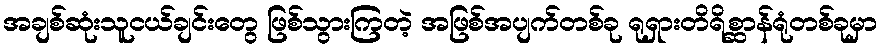
အချစ်ဆုံးသူငယ်ချင်းတွေ ဖြစ်သွားကြတဲ့ အဖြစ်အပျက်တစ်ခု ရုရှားတိရိစ္ဆာန်ရုံတစ်ခုမှာ